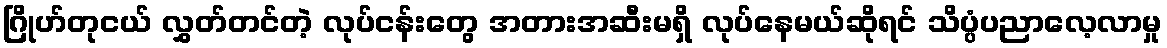
ဂြိုဟ်တုငယ် လွှတ်တင်တဲ့ လုပ်ငန်းတွေ အတားအဆီးမရှိ လုပ်နေမယ်ဆိုရင် သိပ္ပံပညာလေ့လာမှု